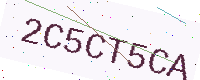
Text: 2C5CT5CA